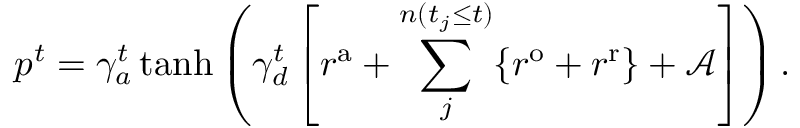
p ^ { t } = \gamma _ { a } ^ { t } \operatorname { t a n h } \left( \gamma _ { d } ^ { t } \left[ r ^ { \mathrm { a } } + \sum _ { j } ^ { n ( t _ { j } \leq t ) } \{ r ^ { \mathrm { o } } + r ^ { \mathrm { r } } \} + \mathcal { A } \right] \right) .